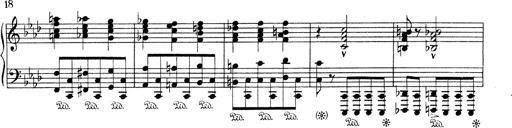
Title: Variationen Ã¼ber das Motiv von Bach
Composer: Franz Liszt